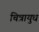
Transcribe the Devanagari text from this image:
चित्रायुध